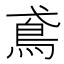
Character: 鳶